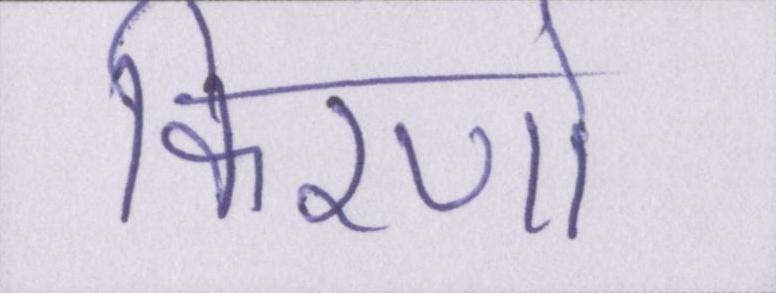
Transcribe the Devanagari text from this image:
किरणो